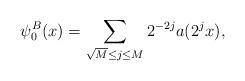
LaTeX: \begin{align*}\psi_0^B(x) = \sum_{ \sqrt M \le j \le M} 2^{-2j} a(2^jx),\end{align*}